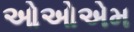
ઓઓએમ